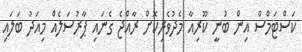
ކަސްޓަމްސް އިން ބުނީ ކޫރިއާ މެދުވެރިކޮށް ރާއްޖެ ގެނައި ޕާރުސަލެއް މިއަދު ބަލައި